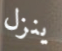
ينزل